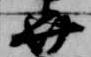
弁